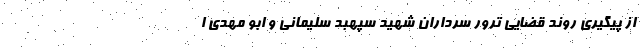
از پیگیری روند قضایی ترور سرداران شهید سپهبد سلیمانی و ابو مهدی ا